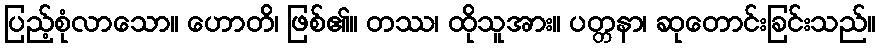
ပြည့်စုံလာသော။ ဟောတိ၊ ဖြစ်၏။ တဿ၊ ထိုသူအား။ ပတ္တနာ၊ ဆုတောင်းခြင်းသည်။